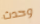
وحدث